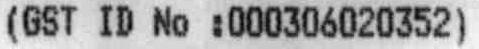
(GST ID NO :000306020352)